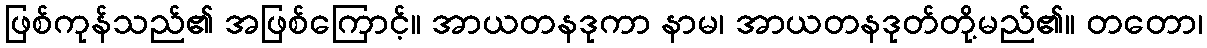
ဖြစ်ကုန်သည်၏ အဖြစ်ကြောင့်။ အာယတနဒုကာ နာမ၊ အာယတနဒုတ်တို့မည်၏။ တတော၊